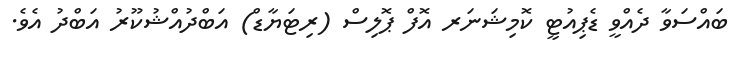
ބައްސަވާ ދެއްވީ ޑެޕިއުޓީ ކޮމިޝަނަރ އޮފް ޕޮލިސް (ރިޓަޔާޑް) އަބްދުއްޝުކޫރު އަބްދު އެވެ.